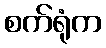
စက်ရုံက